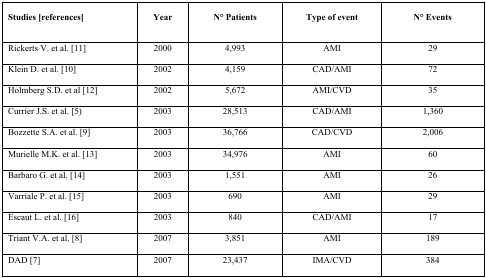
<table><thead><tr><td><b>Studies [references]</b></td><td><b>Year</b></td><td><b>N° Patients</b></td><td><b>Type of event</b></td><td><b>N° Events</b></td></tr></thead><tbody><tr><td>Rickerts V. et al. [11]</td><td>2000</td><td>4,993</td><td>AMI</td><td>29</td></tr><tr><td>Klein D. et al. [10]</td><td>2002</td><td>4,159</td><td>CAD/AMI</td><td>72</td></tr><tr><td>Holmberg S.D. et al [12]</td><td>2002</td><td>5,672</td><td>AMI/CVD</td><td>35</td></tr><tr><td>Currier J.S. et al. [5)</td><td>2003</td><td>28,513</td><td>CAD/AMI</td><td>1,360</td></tr><tr><td>Bozzette S.A. et al. [9]</td><td>2003</td><td>36,766</td><td>CAD/CVD</td><td>2,006</td></tr><tr><td>Murielle M.K. et al. [13]</td><td>2003</td><td>34,976</td><td>AMI</td><td>60</td></tr><tr><td>Barbaro G. et al. [14]</td><td>2003</td><td>1,551</td><td>AMI</td><td>26</td></tr><tr><td>Varriale P. et al. [15]</td><td>2003</td><td>690</td><td>AMI</td><td>29</td></tr><tr><td>Escaut L. et al. [16]</td><td>2003</td><td>840</td><td>CAD/AMI</td><td>17</td></tr><tr><td>Triant V.A. et al. [8]</td><td>2007</td><td>3,851</td><td>AMI</td><td>189</td></tr><tr><td>DAD [7]</td><td>2007</td><td>23,437</td><td>IMA/CVD</td><td>384</td></tr></tbody></table>